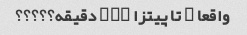
واقعا ۳ تا پیتزا ۱۰۰ دقیقه؟؟؟؟؟